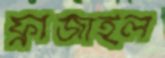
ফ্রাজাইল